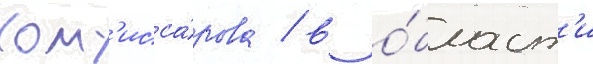
Ком'исса́рова / в о́бласт'и